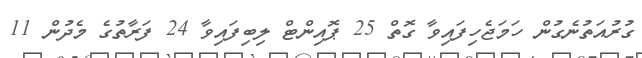
ގުރުއަތުނެގުން ހަމަޖެހިފައިވާ ގޮތް 25 ޕޮއިންޓް ލިބިފައިވާ 24 ފަރާތުގެ މެދުން 11